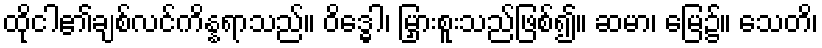
ထိုငါ၏ချစ်လင်ကိန္နရာသည်။ ဝိဒ္ဓေါ၊ မြှားစူးသည်ဖြစ်၍။ ဆမာ၊ မြေ၌။ သေတိ၊